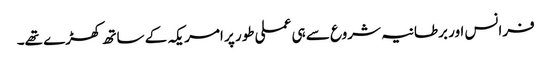
فرانس اور برطانیہ شروع سے ہی عملی طور پر امریکہ کے ساتھ کھڑے تھے۔